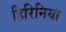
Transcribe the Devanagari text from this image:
हिरिनिया